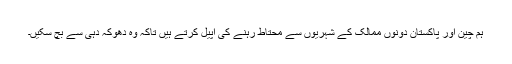
ہم چین اور پاکستان دونوں ممالک کے شہریوں سے محتاط رہنے کی اپیل کرتے ہیں تاکہ وہ دھوکہ دہی سے بچ سکیں۔